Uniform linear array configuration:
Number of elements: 24
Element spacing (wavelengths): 0.75
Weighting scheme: binomial
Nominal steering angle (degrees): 0
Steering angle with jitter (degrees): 1.98
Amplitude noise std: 0.05
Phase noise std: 0.05

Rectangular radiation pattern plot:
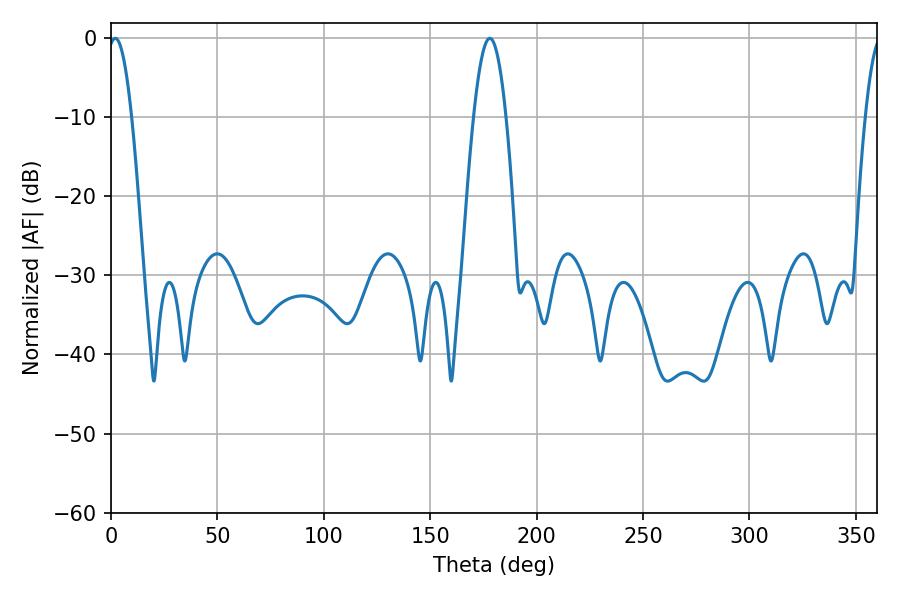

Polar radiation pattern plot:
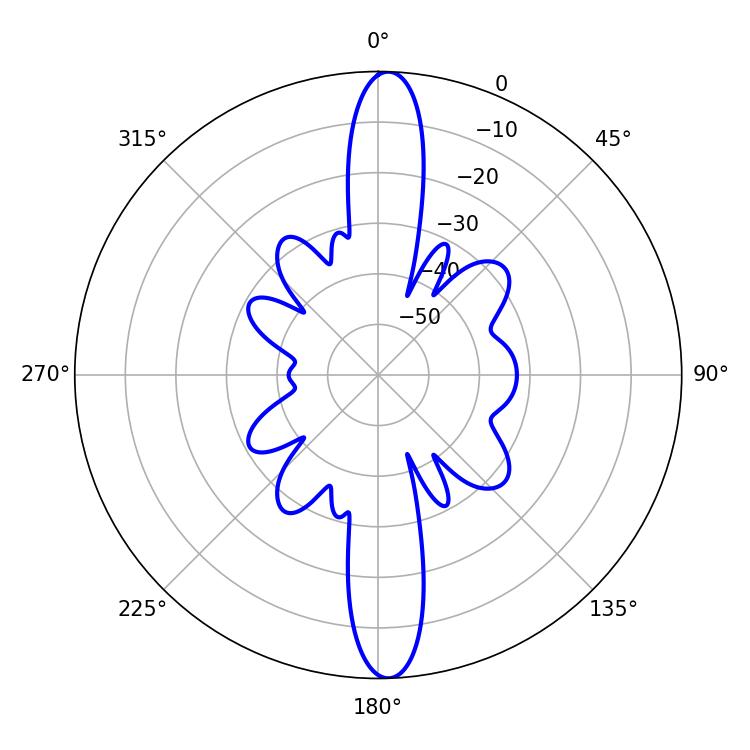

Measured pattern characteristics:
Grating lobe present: TRUE
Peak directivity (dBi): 22.445
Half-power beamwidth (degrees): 6.12
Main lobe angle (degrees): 1.98